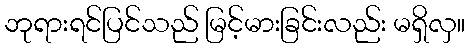
ဘုရားရင်ပြင်သည် မြင့်မားခြင်းလည်း မရှိလှ။